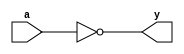
`timescale 1ns / 1ps
module notgate(a,y);
input a; output y;
assign y=~a;
endmodule